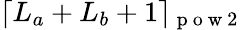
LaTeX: \lceil L_{a}+L_{b}+1\rceil_{\mathrm{~p~o~w~2~}}